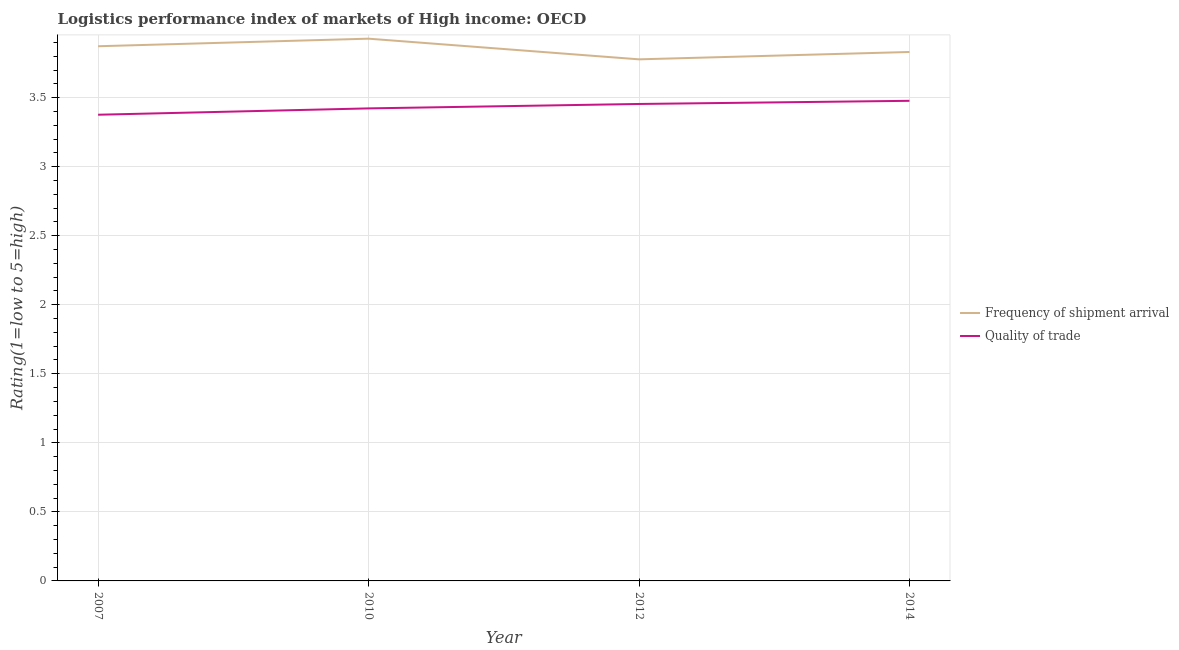
| Year | Frequency of shipment arrival | Quality of trade |
 | --- | --- | --- |
 | 2007 | 3.87 | 3.38 |
 | 2010 | 3.93 | 3.42 |
 | 2012 | 3.78 | 3.45 |
 | 2014 | 3.83 | 3.48 |